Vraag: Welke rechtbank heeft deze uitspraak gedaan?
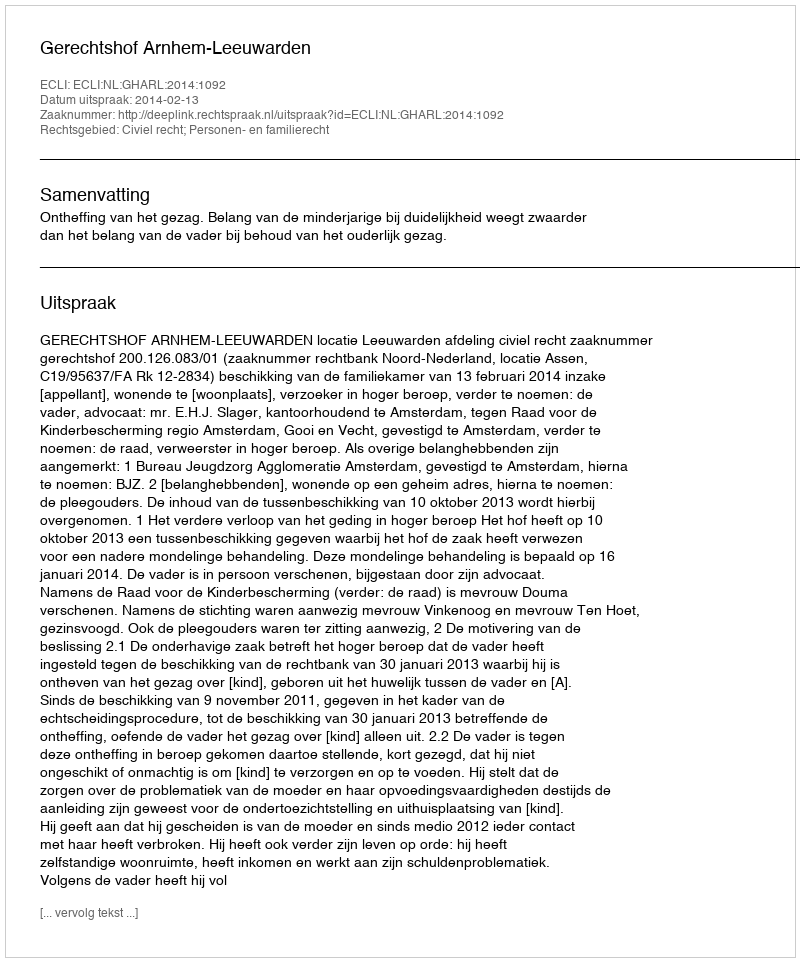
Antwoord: Gerechtshof Arnhem-Leeuwarden